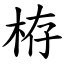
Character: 栫